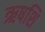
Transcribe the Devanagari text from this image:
ऋषशि